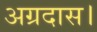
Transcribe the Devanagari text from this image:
अग्रदास।